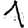
Digit: 1